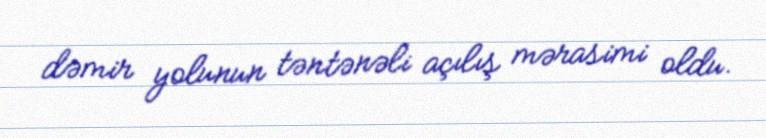
dəmir yolunun təntənəli açılış mərasimi oldu.